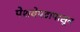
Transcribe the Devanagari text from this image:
पेशवेपदापासून